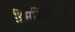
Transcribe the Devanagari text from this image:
हिमशिखरांनी